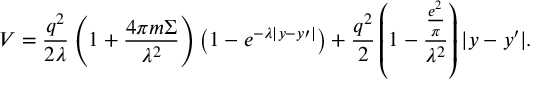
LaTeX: V = \frac { { q ^ { 2 } } } { { 2 \lambda } } \left( { 1 + \frac { { 4 \pi m \Sigma } } { { \lambda ^ { 2 } } } } \right) \left( { 1 - e ^ { - \lambda | y - y { \prime } | } } \right) + \frac { { q ^ { 2 } } } { 2 } \left( { 1 - \frac { { \frac { { e ^ { 2 } } } { \pi } } } { { \lambda ^ { 2 } } } } \right) | y - y { \prime } | .